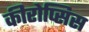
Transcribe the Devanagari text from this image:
कीरोप्सिस